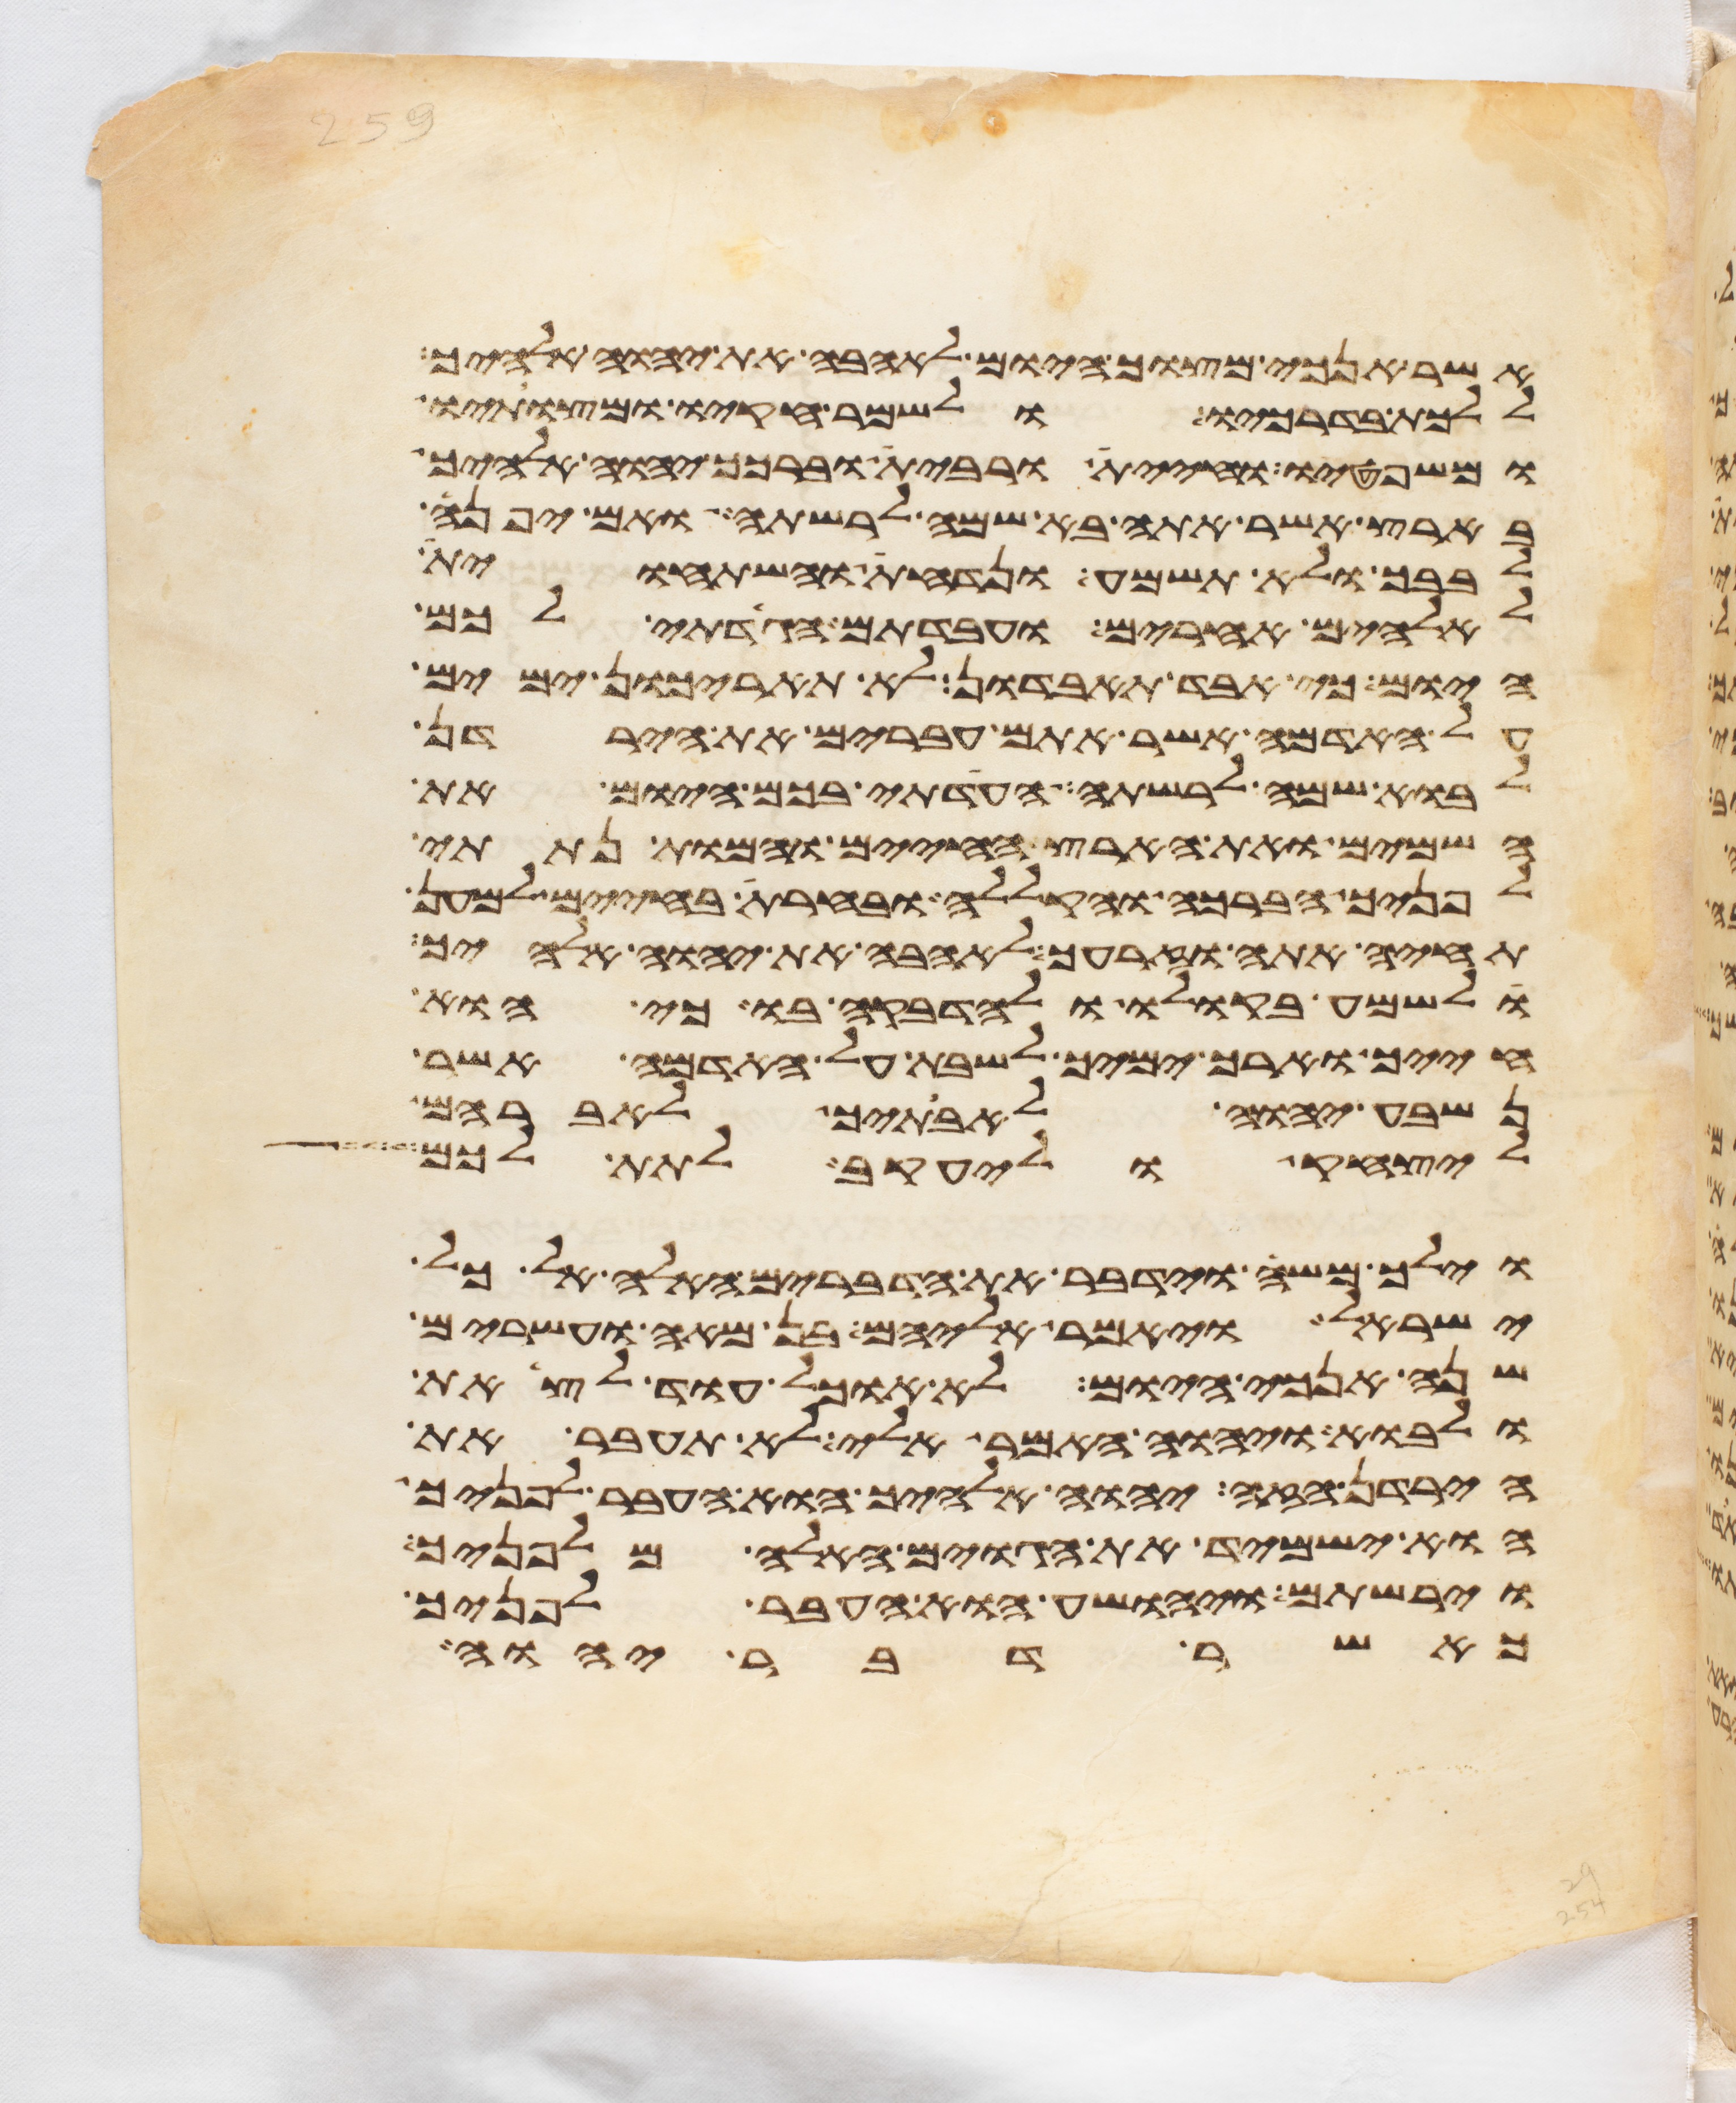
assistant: אשר אנכי מצוך היום לאהבה את יהוה אלהיך
וללכת בדרכיו ולשמר חקיו ומצותיו
ומשפטיו וחיית ורבית וברכך יהוה אלהיך
בארץ אשר אתה בא שמה לרשתה ואם יפנה
לבבך ולא תשמע ונדחת והשתחוית
לאלהים אחרים ועבדתם הגדתי לכם
היום כי אבד תאבדון לא תאריכון ימים
על האדמה אשר אתם עברים את הירדן
לבוא שמה לרשתה העדתי בכם היום את
השמים ואת הארץ החיים והמות נתתי
לפניך הברכה והקללה ובחרת בחיים למען
תחיה אתה וזרעך לאהבה את יהוה אלהיך
ולשמע בקולו ולהדבקה בו כי הוא
חייך וארך ימיך לשבת על האדמה אשר
נשבע יהוה לאבתיך לאברהם
ליצחק וליעקב לתת לכם
וילך משה וידבר את הדברים האלה אל כל
ישראל ויאמר אליהם בן מאה ועשרים
שנה אנכי היום לא אוכל עוד לצאת
ולאבוא ויהוה האמר אלי לא תעבר את
הירדן הזה יהוה אלהיך הוא העבר לפניך
הוא ישמיד את הגוים האלה מלפניך
וירשתם ויהושע הוא העבר לפניך
כאשר דבר יהוה